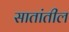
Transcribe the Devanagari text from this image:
सातांतील